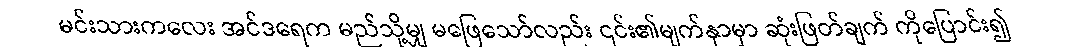
မင်းသားကလေး အင်ဒရေက မည်သို့မျှ မဖြေသော်လည်း ၎င်း၏မျက်နှာမှာ ဆုံးဖြတ်ချက် ကိုပြောင်း၍